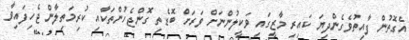
އެގޮތުން ފާއިތުވެގެންދިޔަ ކައިރި މާޒީގައި ވަކީލުންނަށް ވަރަށް ބޮޑެތި ގޮންޖެހުންތަކާއި ކުރިމަތިލާން ޖެހިފައިވާ